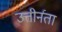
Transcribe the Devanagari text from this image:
उत्तीर्नता